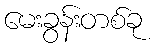
မေးခွန်းတစ်ခု